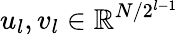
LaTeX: u_{l},v_{l}\in\mathbb{R}^{N/2^{l-1}}